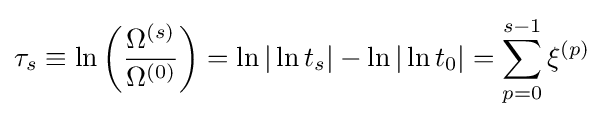
\tau _{s}\equiv \ln \left({\frac {\Omega ^{(s)}}{\Omega ^{(0)}}}\right)=\ln |\ln t_{s}|-\ln |\ln t_{0}|=\sum _{p=0}^{s-1}\xi ^{(p)}